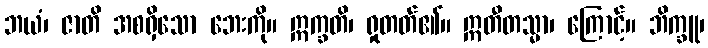
ဘယံ၊ ဇာတိ အစရှိသော ဘေးကို။ ဣက္ခတိ၊ ရှုတတ်၏။ ဣတီတသ္မာ၊ ကြောင့်။ ဘိက္ခူ၊